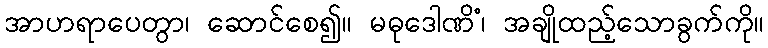
အာဟရာပေတွာ၊ ဆောင်စေ၍။ မဓုဒေါဏိံ၊ အချိုထည့်သောခွက်ကို။